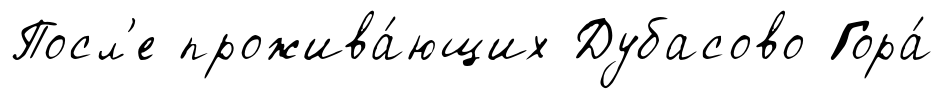
Посл'е прожива́ющих Дубасово Гора́